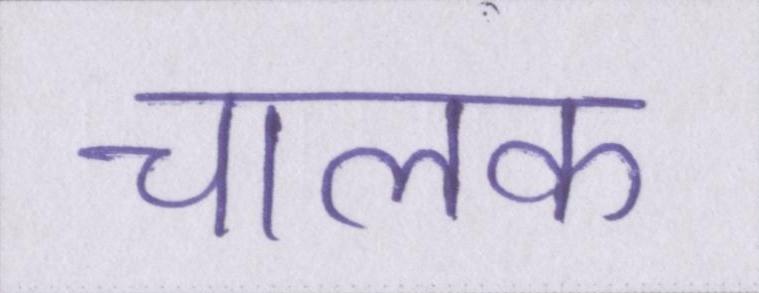
चालक